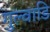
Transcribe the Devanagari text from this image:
गुल्वाडि